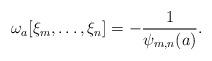
LaTeX: \begin{align*} \omega_a[\xi_m,\ldots,\xi_n]=-\frac{1}{\psi_{m,n}(a)}. \end{align*}